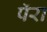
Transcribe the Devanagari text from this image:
पॅरा